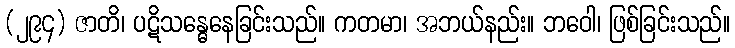
(၂၉၄) ဇာတိ၊ ပဋိသန္ဓေနေခြင်းသည်။ ကတမာ၊ အဘယ်နည်း။ ဘဝေါ၊ ဖြစ်ခြင်းသည်။